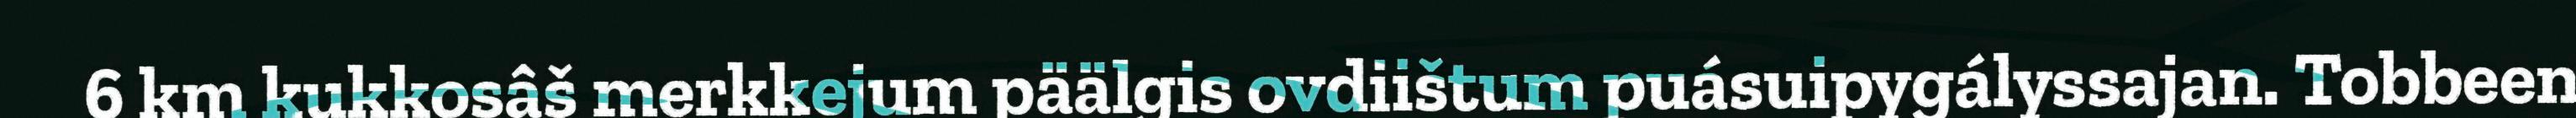
6 km kukkosâš merkkejum päälgis ovdiištum puásuipygályssajan. Tobbeen